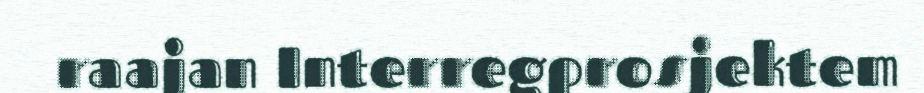
raajan Interregprosjektem